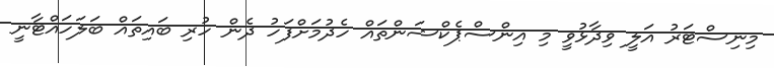
މިނިސްޓަރު އަލީ ވިދާޅުވީ މި އިންސްޕެކްޝަންތައް ހެދުމަށްފަހު ދެން ހުރި ބައިތައް ބަލަހައްޓާނީ